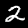
Digit: 2